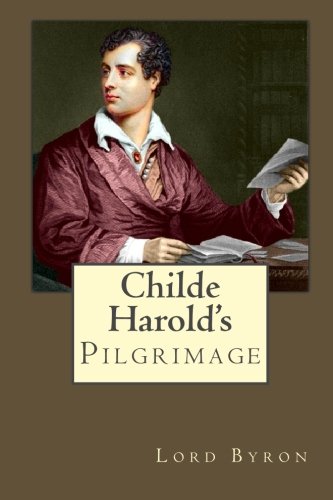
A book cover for Childe Harold's Pilgrimage; Lord Byron; Literature & Fiction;